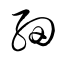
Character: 細